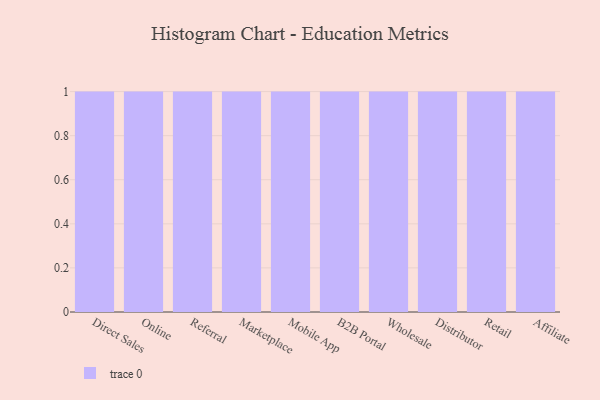
{"axis": {"x": "Channel", "y": "Page Views"}, "legend": [""], "data": [{"x": "Direct Sales", "y": 82, "type": ""}, {"x": "Online", "y": 97, "type": ""}, {"x": "Referral", "y": 23, "type": ""}, {"x": "Marketplace", "y": 29, "type": ""}, {"x": "Mobile App", "y": 68, "type": ""}, {"x": "B2B Portal", "y": 9, "type": ""}, {"x": "Wholesale", "y": 47, "type": ""}, {"x": "Distributor", "y": 96, "type": ""}, {"x": "Retail", "y": 29, "type": ""}, {"x": "Affiliate", "y": 41, "type": ""}]}